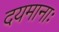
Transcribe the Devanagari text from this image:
दयमानाः